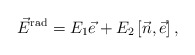
\begin{align*}\vec{E}^{\rm rad}=E_1 \vec{e}+E_2\left[\vec{n}, \vec{e}\right],\end{align*}